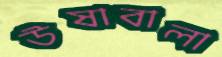
উষাবালা